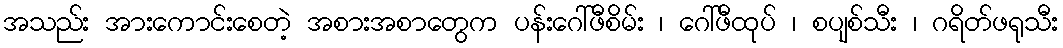
အသည်း အားကောင်းစေတဲ့ အစားအစာတွေက ပန်းဂေါ်ဖီစိမ်း ၊ ဂေါ်ဖီထုပ် ၊ စပျစ်သီး ၊ ဂရိတ်ဖရုသီး